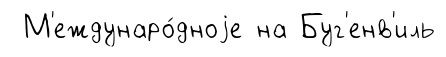
М'еждунаро́дноjе на Буг'енв'иль